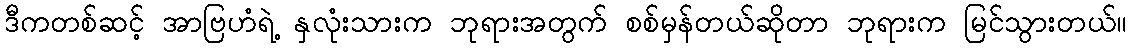
ဒီကတစ်ဆင့် အာဗြဟံရဲ့ နှလုံးသားက ဘုရားအတွက် စစ်မှန်တယ်ဆိုတာ ဘုရားက မြင်သွားတယ်။